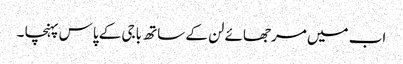
اب میں مرجھائے لن کے ساتھ باجی کے پاس پہنچا ۔